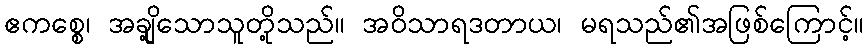
ဧကစ္စေ၊ အချို့သောသူတို့သည်။ အဝိသာရဒတာယ၊ မရသည်၏အဖြစ်ကြောင့်။